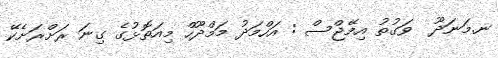
ނ.މަނަދޫ  ވަގުތު އިމޭޖްސް : އަހްމަދު މަމްދޫހް މިއަތޮޅުގެ ގިނަ ރަށްރަށެކޭ